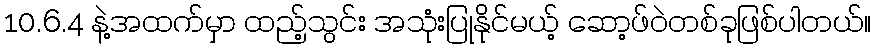
10.6.4 နဲ့အထက်မှာ ထည့်သွင်း အသုံးပြုနိုင်မယ့် ဆော့ဖ်ဝဲတစ်ခုဖြစ်ပါတယ်။